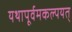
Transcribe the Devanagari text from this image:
यथापूर्वमकल्पयत्